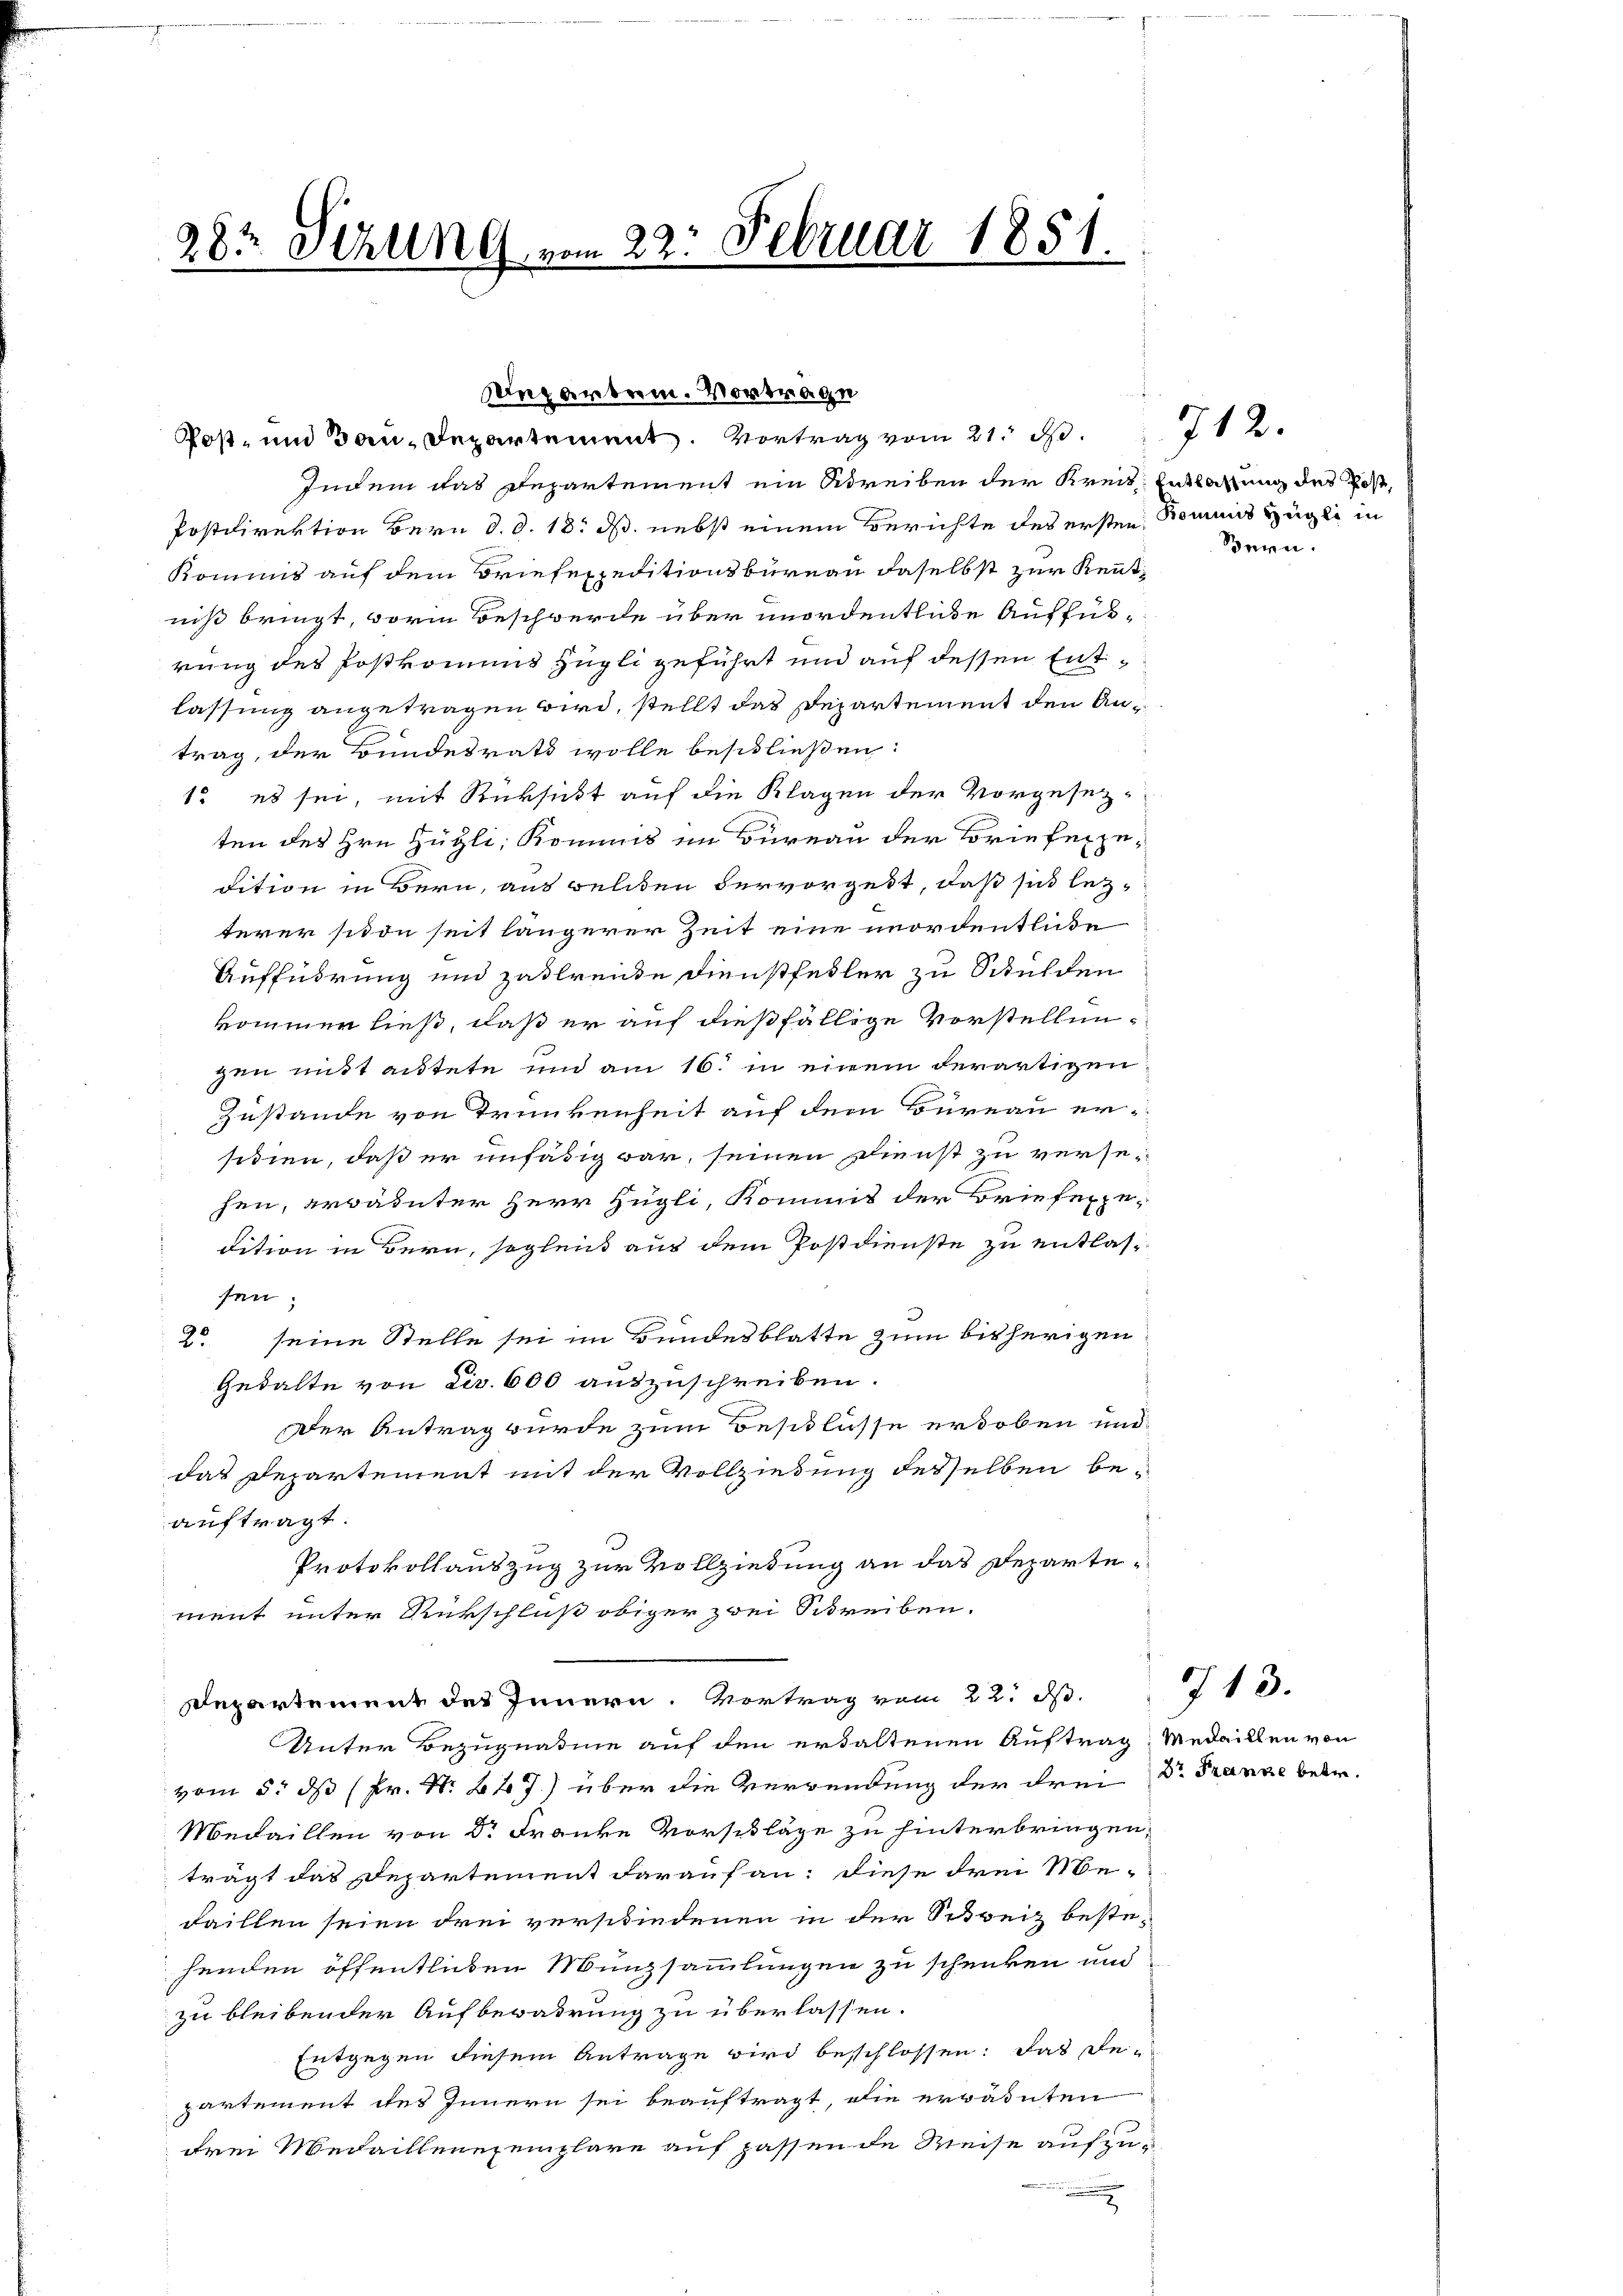
282 Sezung vom 22. Februar 1851.

degarbei. Vortrage
Post- und Bau-Departement. Vortrag vom 21. d.

Indem das Departement ein Streiben der Kreis Entlaßung des Post,
Postdirektion Bern d. d. 18. ds. nebst einem Berichte des ersten Kommis Hügli in
Kommis auf dem Briefexpeditionsbüreau daselbst zur Kenntniß bringt, vorin Beschwerde über unordentliche Aufführung des Postkommt zügli geführt und auf dessen Entlassung angetragen wird, stellt das Departement den Antrag, der Bundesrath wolle beschließen:
1. es sei, mit Rücksicht auf die Klagen der Vorgesezten des Hrn. Hügli, Kommis im Büreau der Briefexpedition in Bern, aus welchen vervorgest, daß sich lezterer siton seit längerer Zeit eine unordentliche
Aufführung und zahlreide Dienstfedler zu Schulden
kommen ließ, daß er auf dießfällige Vorstellungen mit autete und am 16. in einem derartigen
Zustande von Trunkenheit auf dem Büreau er-
sidien, daß er infäsig war, seinen Dienst zu versehen, erwähnter Herr Hügli, Kommis der Briefexpedition in Bern, sogleich aus dem Postdienste zu entlassen
20 seine Stelle sei im Bundesblatte zum bisherigen
Gedalte von dir. 600 auszuschreiben.
Der Antrag wurde zum Beschlüsse erhoben und
das Departement mit der Vollziehung desselben beauftragt.
Protokollauszug zur Vollziedung an das Departement unter Rückschluß obiger zwei Schreiben.
Departement des Innern. Vortrag vom 22. ds.
Unter Bezugnahme auf den erhaltenen Auftrag, Medaillen von
vom 5. ds Fr. N. 447) über die Verwendung der drei Dr. Franze betr.
Medaillen von Dr Franke Vorschläge zu hinterbringen,
trägt das Departement darauf an: diese drei Ne-
Faillen seien drei verschiedenen in der Schweiz bestehenden öffentlichen Münzsammlungen zu schenken und
zu bleibender Aufbewahrung zu überlassen.
Entgegen diesem Antrage wird beschlossen: das De-
partement des Innern sei beauftragt, die erwähnten
drei Medaillenexemplare auf passende Weise aufzu¬
.

Bern.

712.

13.